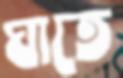
ঘাতে